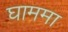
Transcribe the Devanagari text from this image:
घाममा